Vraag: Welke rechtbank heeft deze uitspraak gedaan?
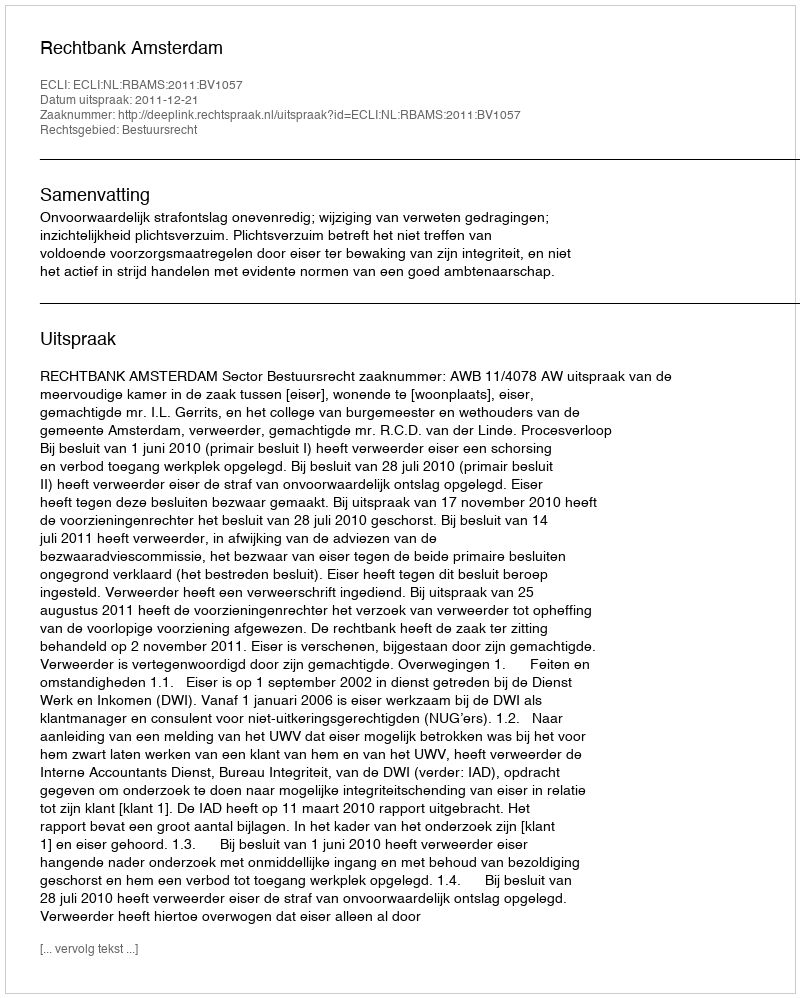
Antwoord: Rechtbank Amsterdam